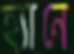
হ্যানে